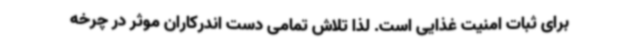
برای ثبات امنیت غذایی است. لذا تلاش تمامی دست اندرکاران موثر در چرخه